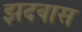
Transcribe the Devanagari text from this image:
झदवास